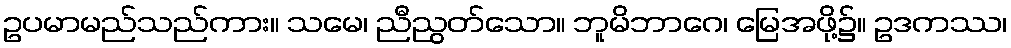
ဥပမာမည်သည်ကား။ သမေ၊ ညီညွတ်သော။ ဘူမိဘာဂေ၊ မြေအဖို့၌။ ဥဒကဿ၊